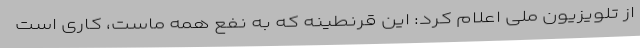
از تلویزیون ملی اعلام کرد: این قرنطینه که به نفع همه ماست، کاری است